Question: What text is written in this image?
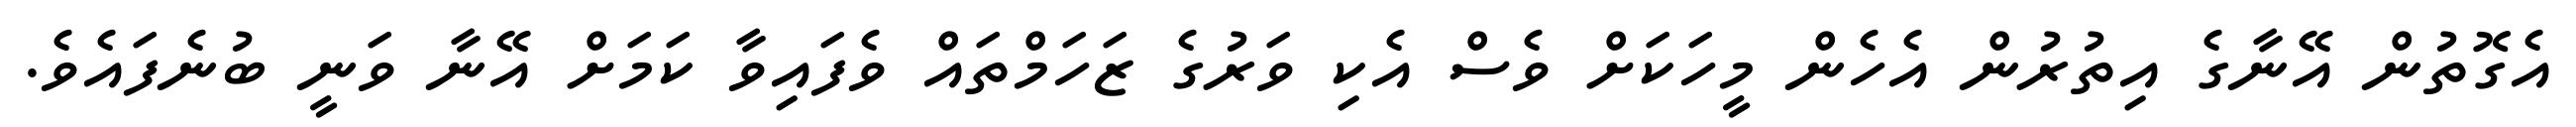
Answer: އެގޮތުން އޭނާގެ އިތުރުން އެހެން މީހަކަށް ވެސް އެކި ވަރުގެ ޒަހަމްތައް ވެފައިވާ ކަމަށް އޭނާ ވަނީ ބުނެފައެވެ.